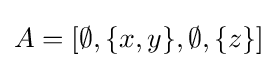
A=[\emptyset ,\{x,y\},\emptyset ,\{z\}]